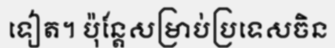
ទៀត។ ប៉ុន្តែសម្រាប់ប្រទេសចិន